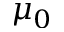
\mu _ { 0 }